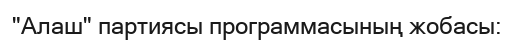
"Алаш" партиясы программасының жобасы: